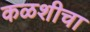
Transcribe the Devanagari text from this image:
कळशीचा